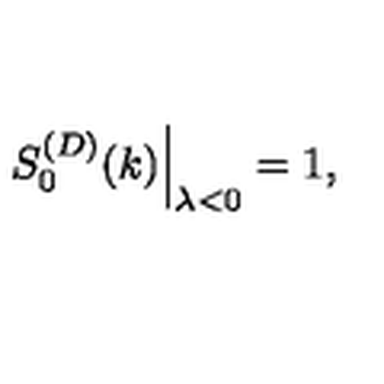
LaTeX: \left. S _ { 0 } ^ { ( D ) } ( k ) \right| _ { \lambda < 0 } = 1 ,